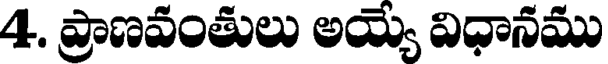
4. ప్రాణవంతులు అయ్యే విధానము